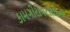
કામગીરીવરસાદના